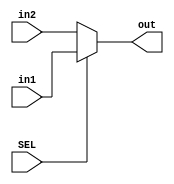
module MUX #(

    parameter WIDTH = 32
    
)
(
    input wire SEL,
    input wire[WIDTH-1:0] in1,in2,
    output reg [WIDTH-1:0] out
    
);


always @(*)

     begin
    

         if(SEL)
         out = in1;

         else
         out = in2;

    end


endmodule